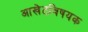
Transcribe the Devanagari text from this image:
आखेटविषयक